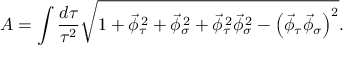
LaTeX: A = \int \frac { d \tau } { \tau ^ { 2 } } \sqrt { { 1 + \vec { \phi } _ { \tau } ^ { \, 2 } + \vec { \phi } _ { \sigma } ^ { \, 2 } + \vec { \phi } _ { \tau } ^ { \, 2 } \vec { \phi } _ { \sigma } ^ { \, 2 } - \left( \vec { \phi } _ { \tau } \vec { \phi } _ { \sigma } \right) ^ { 2 } } } .